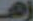
زهـ